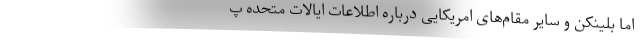
اما بلینکن و سایر مقام‌های امریکایی درباره اطلاعات ایالات متحده پ